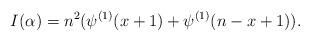
LaTeX: \begin{align*}I(\alpha) = n^2 ( \psi^{(1)}(x+1) + \psi^{(1)} (n-x+1)).\end{align*}